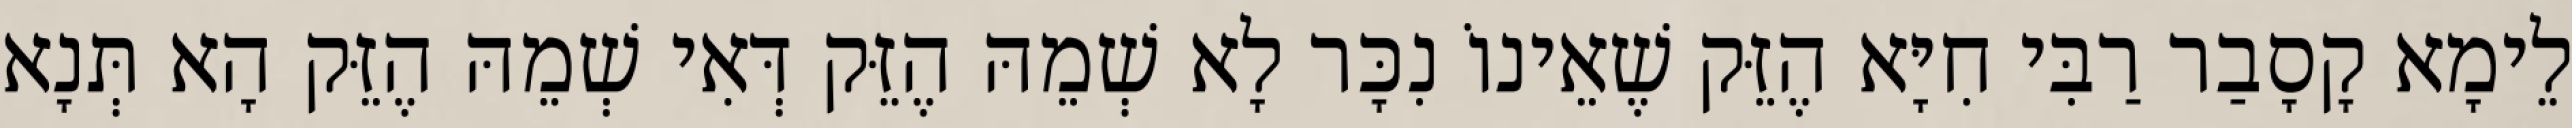
לֵימָא קָסָבַר רַבִּי חִיָּא הֶזֵּק שֶׁאֵינוֹ נִכָּר לָא שְׁמֵהּ הֶזֵּק דְּאִי שְׁמֵהּ הֶזֵּק הָא תְּנָא